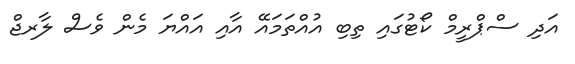
އަދި ސްޕްރީމް ކޯޓުގައި ތިބި އުއްތަމައޭ އާއި އައްޔަ މެން ވެސް ލާރޖް